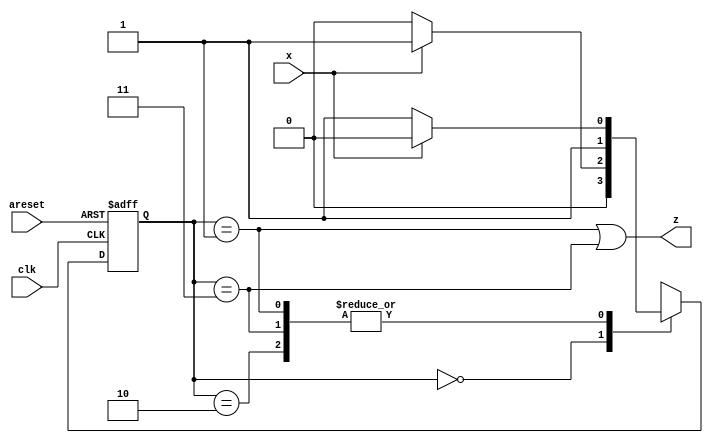
module top_module (
    input clk,
    input areset,
    input x,
    output z
); 
    
    reg [1:0] state, next_state;
    
    always @(*) begin
        case(state)
            2'b00:	next_state = x? 2'b01 : 2'b00;
            2'b01:	next_state = x? 2'b10 : 2'b11;
            2'b10:	next_state = x? 2'b10 : 2'b11;
            2'b11:	next_state = x? 2'b10 : 2'b11;
        endcase
    end
    
    always @(posedge clk, posedge areset) begin
        if(areset)
            state <= 2'b0;
        else
            state <= next_state;
    end
    
    assign z = (state == 2'b01) || (state == 2'b11);

endmodule